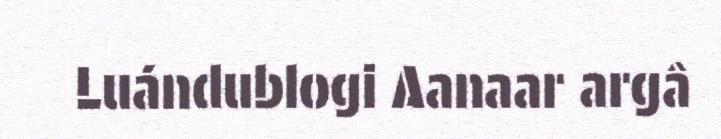
Luándublogi Aanaar argâ